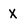
Character: X